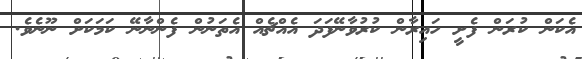
އެކަން ކުރަން ފެށީ ހައިރާން ކުރުވާނޭފަދަ އެއްޗެއް އެތަނުން ފެންނާނޭ ކަމަކަށް ނޫނެވެ.